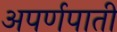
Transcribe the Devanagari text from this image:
अपर्णपाती